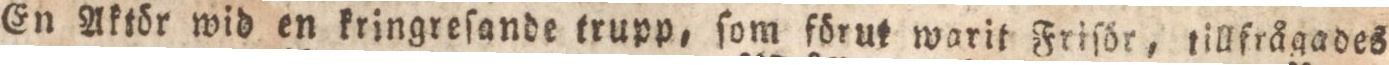
En Aktör wid en kringreſande trupp, ſom förut warit Friſör, tillfrågades